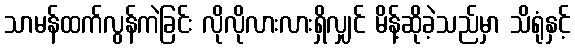
သာမန်ထက်လွန်ကဲခြင်း လိုလိုလားလားရှိလျှင် မိန့်ဆိုခဲ့သည်မှာ သိရုံနှင့်